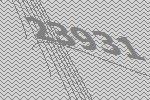
23931